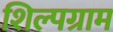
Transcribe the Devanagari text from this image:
शिल्‍पग्राम